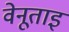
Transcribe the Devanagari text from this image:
वेनूताइ